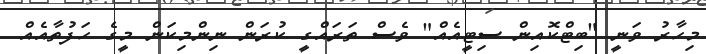
މިހާރު ވަނީ "ބިޓްކޮއިން ސިޓީއެއް" ވެސް ތަރައްގީ ކުރަން ނިންމިކަން މީގެ ހަފުތާއެއް